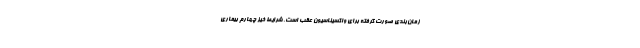
زمان‌بندی صورت گرفته برای واکسیناسیون عقب است. شرایط خیز چهارم بیماری